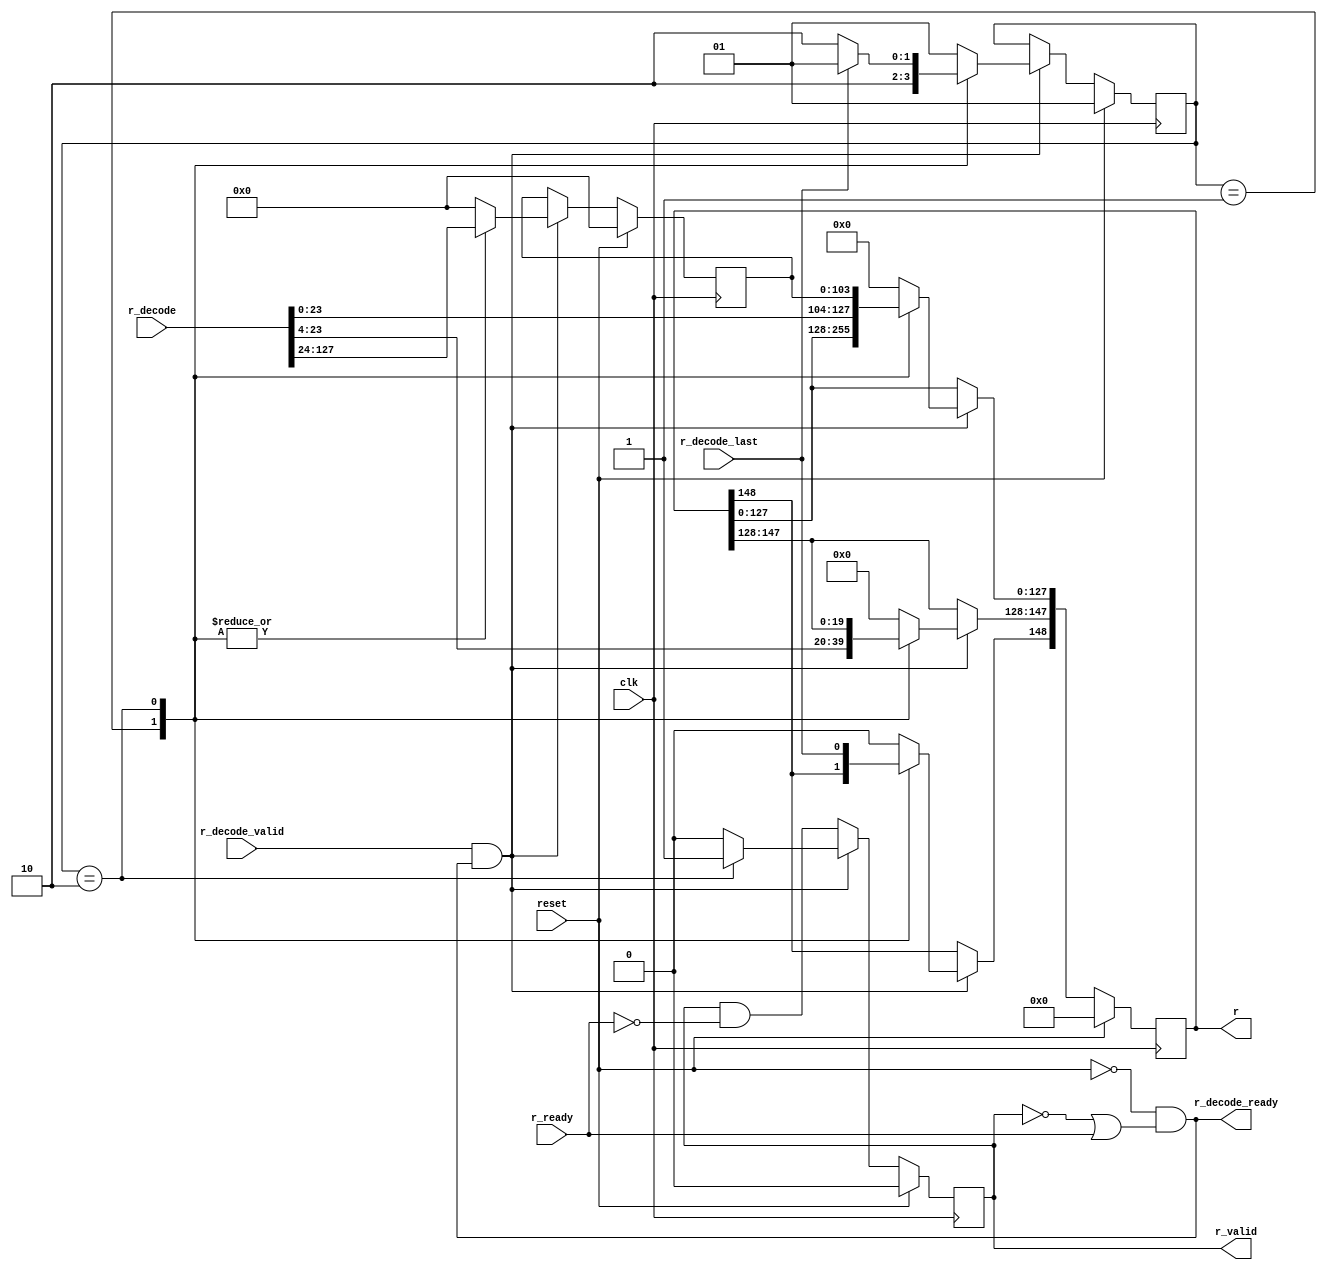

`timescale 1ns / 1ps

module r_decode
(
    input  wire              reset,
    input  wire              clk,
   
    input  wire [127:0]      r_decode,
    input  wire              r_decode_last,
    input  wire              r_decode_valid,
    output wire              r_decode_ready,

    output reg  [148:0]      r=149'b 0,
    output reg               r_valid=1'b 0,
    input  wire              r_ready
);

assign    r_decode_ready = (~reset) & ((~r_valid) | r_ready); 



localparam SW         = 2;
localparam ONE_HOT    = 2'b 1;
localparam st0        = ONE_HOT << 0;
localparam st1        = ONE_HOT << 1;
reg  [SW-1:0]    state =st0;
reg  [SW-1:0]    next_state =st0;

reg [103:0]      r_mid = 104'b 0;
reg [148:0]      next_r = 149'b0;
reg [103:0]      next_r_mid = 104'b 0;
reg              next_r_valid = 1'b 0;


always @(posedge clk)
begin

   if (reset)
   begin
       r              <= 149'b 0;
       r_mid          <= 104'b 0;
       r_valid        <= 1'b 0;
       state          <= st0;
   end
   else
   begin
       r              <= next_r;
       r_mid          <= next_r_mid;
       r_valid        <= next_r_valid;
       state          <= next_state;
   end
end


always @(reset            or
         r                or
         r_mid            or
         r_valid          or
         r_ready          or
         state            or
         r_decode_valid   or
         r_decode_ready   or
         r_decode         or
         r_decode_last
         )
begin
    next_r              <= r;
    next_r_mid          <= r_mid;
    next_r_valid        <= r_valid & (~r_ready);
    next_state          <= state;
    if (reset)
    begin
        next_r              <= 149'b 0;
        next_r_mid          <= 104'b 0;
        next_r_valid        <= 1'b 0;
        next_state          <= st0;
    end
    else if (r_decode_valid & r_decode_ready)
    begin
        next_r_mid         <= r_decode[127:24];   //104bit
        case (state)
        st0:
        begin
            next_r[147:128]    <= {r_decode[23:4]};
            next_r_valid       <= 1'b 0;
            next_state         <= st1;
        end
        st1:
        begin
            next_r[148]        <= r_decode_last;
            next_r[127:0]      <= {r_decode[23:0],r_mid};
            next_r_valid       <= 1'b 1;
            if (r_decode_last)
                next_state       <= st0;
            else
                next_state       <= st1;
        end
        default:
        begin
            next_r              <= 149'b 0;
            next_r_mid          <= 104'b 0;
            next_r_valid        <= 1'b 0;
            next_state          <= st0;
        end
        endcase
    end
end

endmodule